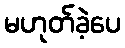
မဟုတ်ခဲ့ပေ